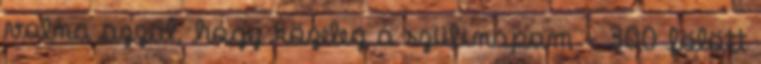
volna azzal, hogy közeleg a szülinapom - 300 fölött